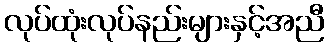
လုပ်ထုံးလုပ်နည်းများနှင့်အညီ